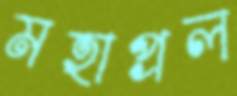
মহাপ্রল